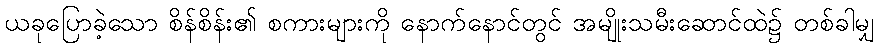
ယခုပြောခဲ့သော စိန်စိန်း၏ စကားများကို နောက်နောင်တွင် အမျိုးသမီးဆောင်ထဲ၌ တစ်ခါမျှ